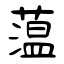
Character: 蕰